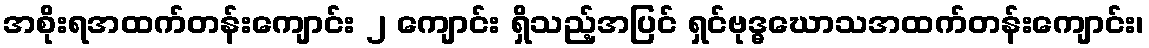
အစိုးရအထက်တန်းကျောင်း ၂ ကျောင်း ရှိသည့်အပြင် ရှင်ဗုဒ္ဓဃောသအထက်တန်းကျောင်း၊